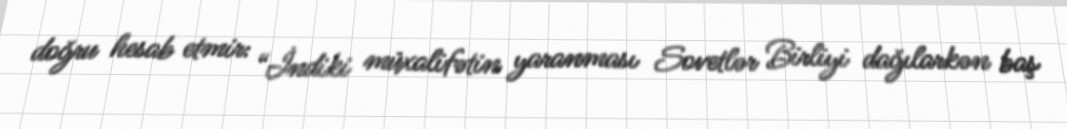
doğru hesab etmir: “İndiki müxalifətin yaranması Sovetlər Birliyi dağılarkən baş